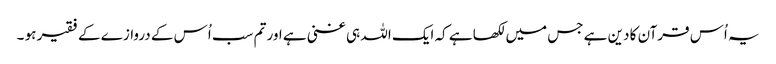
یہ اُس قرآن کا دین ہے جس میں لکھا ہے کہ ایک اللہ ہی غنی ہے اور تم سب اُس کے دروازے کے فقیر ہو ۔